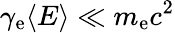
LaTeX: \gamma_{\mathrm{e}}\langle E\rangle\ll m_{\mathrm{e}}c^{2}